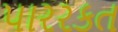
પારરકત